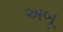
અબૂ